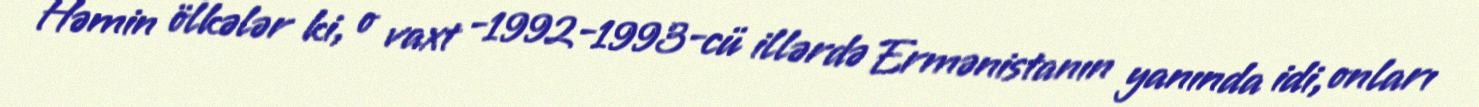
Həmin ölkələr ki, o vaxt -1992-1993-cü illərdə Ermənistanın yanında idi, onları